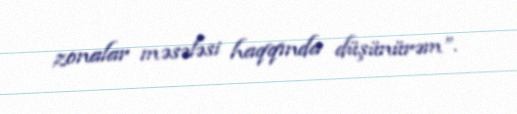
zonalar məsələsi haqqında düşünürəm”.